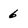
Character: 6